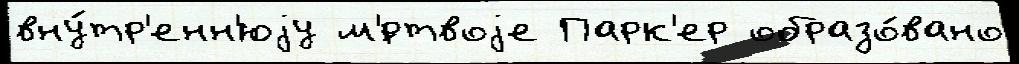
вну́тр'енн'юjу м'́ртвоjе Парк'ер образо́вано